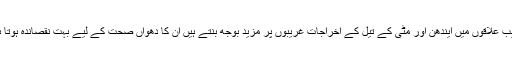
غریب علاقوں میں ایندھن اور مٹی کے تیل کے اخراجات غریبوں پر مزید بوجھ بنتے ہیں ان کا دھواں صحت کے لیے بہت نقصاندہ ہوتا ہے۔